Report of the Lahore Medical School Hospital
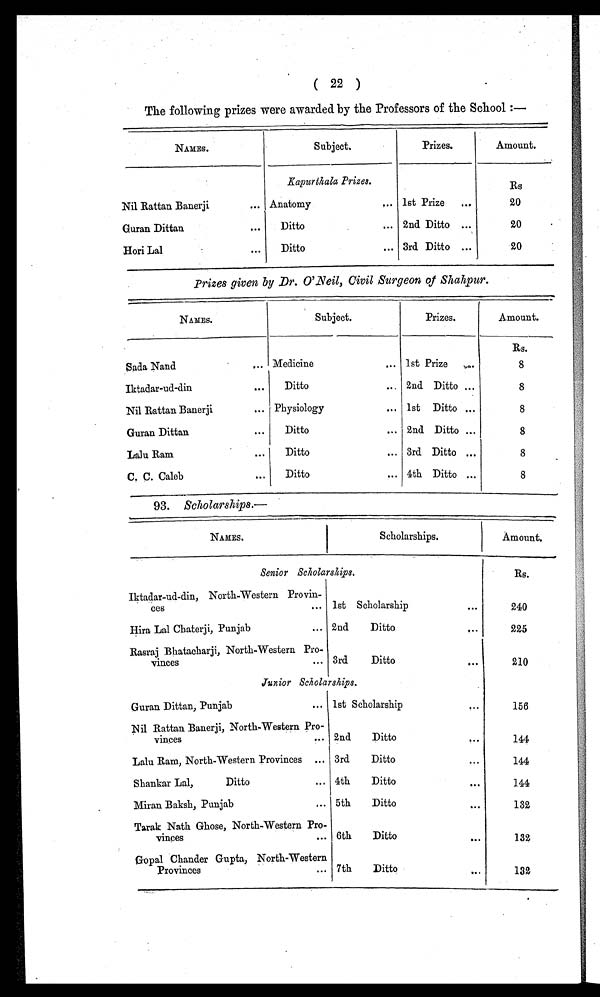
( 22 )
The following prizes were awarded by the Professors of the School :—
NAMES.
Subject.
Prizes.
Amount.
Kapurthala Prizes.
Rs
Nil Rattan Banerji . . .
Anatomy . . .
1st Prize . . .
20
Guran Dittan . . .
Ditto . . .
2nd Ditto . . .
20
Hori Lal . . .
Ditto . . .
3rd Ditto . . .
20
Prizes given, by Dr. O'Neil, Civil Surgeon of Shahpur.
NAMES.
Subject.
Prizes.
Amount.
Rs.
Sada Nand . . .
Medicine . . .
1st Prize . . .
8
Iktadar-ud-din . . .
Ditto . . .
2nd Ditto . . .
8
Nil Rattan Banerji . . .
Physiology . . .
1st
Ditto . . .
8
Guran Dittan . . .
Ditto . . .
2nd Ditto . . .
8
Lalu Ram . . .
Ditto . . .
3rd Ditto . . .
8
C. C. Caleb . . .
Ditto . . .
4th Ditto . . .
8
93. Scholarships .—
NAMES.
Scholarships.
Amount.
Senior Scholarships.
Rs.
Iktadar-ud-din, North-Western Provin
-
ces . . .
1st Scholarship . . .
240
Hira Lal Chaterji, Punjab . . .
2nd
Ditto . . .
225
Rasraj Bhatacharji, North-Western Pro
-
vinces . . .
3rd
Ditto . . .
210
J u n i o r
S c h o l a r s h i p s .
Guran Dittan, Punjab . . .
1 s t S c h o l a r s h i p . . .
156
Nil Rattan Banerji, North-Western Pro
-
v i n c e s . . .
2nd
D i t t o . . .
144
Lalu Ram, North-Western Provinces . . .
3rd
D i t t o . . .
144
Shankar Lal, Ditto . . .
4th
Ditto . . .
144
Miran Baksh, Punjab . . .
5th
Ditto . . .
132
Tarak Nath Ghose, North-Western Pro
-
vinces . . .
6th
Ditto . . .
132
Gopal Chander Gupta, North-Western
Provinces . . .
7th
Ditto . . .
132